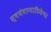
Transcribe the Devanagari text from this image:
स्वयंवरनाटिकेचा